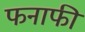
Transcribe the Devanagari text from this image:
फनाफी